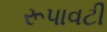
રૂપાવટી